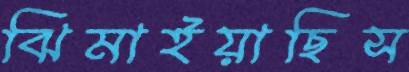
ঝিমাইয়াছিস